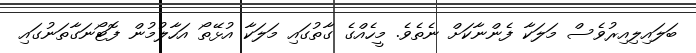
ބަލައިލިއިރުވެސް މަލަކާ ފެންނާކަށް ނެތެވެ. މީހެއްގެ ގާތުގައި މަލަކާ އުޅޭތޯ އަހާލުމުން ފޮޓޯނަގާތަނުގައި